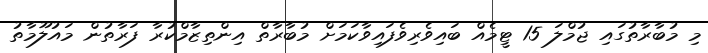
މި މުބާރާތުގައި ޖުމްލަ 15 ޓީމެއް ބައިވެރިވެފައިވާކަމަށް މުބާރާތް އިންތިޒާމްކުރާ ފަރާތުން މައުލޫމާތު